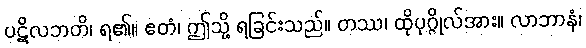
ပဋိလဘတိ၊ ရ၏။ ဧတံ၊ ဤသို့ ရခြင်းသည်။ တဿ၊ ထိုပုဂ္ဂိုလ်အား။ လာဘာနံ၊